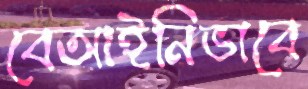
বেআইনিভাবে